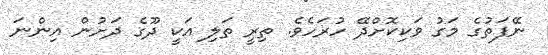
ނޭފަތުގެ މަގު ވަކިކޮށްދޭ ހުރަހެވެ. ތިރީ ތަލި އަކީ ދޫގެ ދަށުން އިންނަ